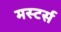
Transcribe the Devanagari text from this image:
मस्टर्स